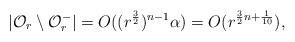
LaTeX: \begin{align*}|\mathcal{O}_r\setminus\mathcal{O}_r^{-}|=O((r^{\frac32})^{n-1}\alpha)=O(r^{\frac32n+\frac{1}{10}}),\end{align*}